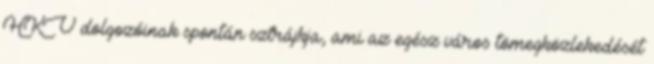
HKV dolgozóinak spontán sztrájkja, ami az egész város tömegközlekedését